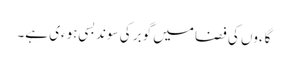
گاءوں کی فضا میں گوبر کی سوند بسی ہوءی ہے۔